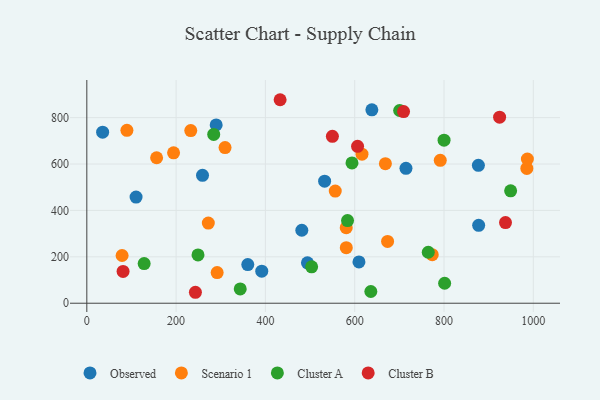
{"axis": {"x": "Speed", "y": "Salary"}, "legend": ["Cluster A", "Cluster B", "Observed", "Scenario 1"], "data": [{"x": "877.6", "y": 335.6, "type": "Observed"}, {"x": "494.1", "y": 174.3, "type": "Observed"}, {"x": "532.6", "y": 526.1, "type": "Observed"}, {"x": "289.7", "y": 768.4, "type": "Observed"}, {"x": "35.4", "y": 737.5, "type": "Observed"}, {"x": "638.4", "y": 833.8, "type": "Observed"}, {"x": "391.8", "y": 138.1, "type": "Observed"}, {"x": "609.5", "y": 177.9, "type": "Observed"}, {"x": "877.0", "y": 594.3, "type": "Observed"}, {"x": "714.8", "y": 581.6, "type": "Observed"}, {"x": "360.5", "y": 166.8, "type": "Observed"}, {"x": "110.3", "y": 457.6, "type": "Observed"}, {"x": "259.1", "y": 551.2, "type": "Observed"}, {"x": "481.5", "y": 314.6, "type": "Observed"}, {"x": "232.8", "y": 744.3, "type": "Scenario 1"}, {"x": "581.1", "y": 239.6, "type": "Scenario 1"}, {"x": "89.8", "y": 745.2, "type": "Scenario 1"}, {"x": "291.9", "y": 132.2, "type": "Scenario 1"}, {"x": "556.4", "y": 483.4, "type": "Scenario 1"}, {"x": "272.1", "y": 345.4, "type": "Scenario 1"}, {"x": "581.0", "y": 325.8, "type": "Scenario 1"}, {"x": "673.6", "y": 266.4, "type": "Scenario 1"}, {"x": "309.6", "y": 670.8, "type": "Scenario 1"}, {"x": "668.7", "y": 601.7, "type": "Scenario 1"}, {"x": "194.3", "y": 648.3, "type": "Scenario 1"}, {"x": "985.5", "y": 580.9, "type": "Scenario 1"}, {"x": "156.3", "y": 627.1, "type": "Scenario 1"}, {"x": "773.6", "y": 209.3, "type": "Scenario 1"}, {"x": "791.6", "y": 615.8, "type": "Scenario 1"}, {"x": "986.7", "y": 621.4, "type": "Scenario 1"}, {"x": "616.3", "y": 642.7, "type": "Scenario 1"}, {"x": "79.0", "y": 205.8, "type": "Scenario 1"}, {"x": "636.1", "y": 50.6, "type": "Cluster A"}, {"x": "700.6", "y": 830.8, "type": "Cluster A"}, {"x": "800.1", "y": 702.9, "type": "Cluster A"}, {"x": "343.6", "y": 61.6, "type": "Cluster A"}, {"x": "583.9", "y": 356.1, "type": "Cluster A"}, {"x": "503.5", "y": 156.7, "type": "Cluster A"}, {"x": "593.9", "y": 604.8, "type": "Cluster A"}, {"x": "801.4", "y": 86.2, "type": "Cluster A"}, {"x": "128.4", "y": 171.1, "type": "Cluster A"}, {"x": "249.0", "y": 208.1, "type": "Cluster A"}, {"x": "949.2", "y": 484.7, "type": "Cluster A"}, {"x": "284.2", "y": 727.7, "type": "Cluster A"}, {"x": "764.7", "y": 219.8, "type": "Cluster A"}, {"x": "606.4", "y": 676.4, "type": "Cluster B"}, {"x": "81.2", "y": 137.0, "type": "Cluster B"}, {"x": "937.7", "y": 347.5, "type": "Cluster B"}, {"x": "243.2", "y": 47.2, "type": "Cluster B"}, {"x": "432.9", "y": 877.2, "type": "Cluster B"}, {"x": "709.4", "y": 826.0, "type": "Cluster B"}, {"x": "550.0", "y": 719.4, "type": "Cluster B"}, {"x": "924.5", "y": 801.8, "type": "Cluster B"}]}